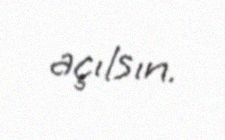
açılsın.